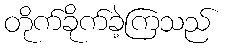
တိုက်ခိုက်ခဲ့ကြသည်